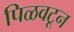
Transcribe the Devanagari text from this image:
पिळवटून